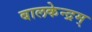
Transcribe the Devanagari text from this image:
बालकेन्द्रम्